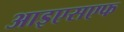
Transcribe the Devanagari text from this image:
आइएसएफ